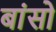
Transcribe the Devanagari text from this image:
बांसो